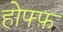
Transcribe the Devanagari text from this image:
होफ्फ़